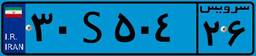
۵۷S۲۰۲۶۴